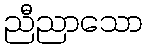
ညီညာသော